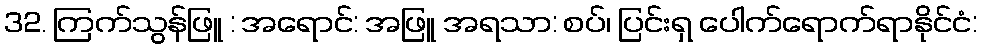
32. ကြက်သွန်ဖြူ : အရောင်: အဖြူ အရသာ: စပ်၊ ပြင်းရှ ပေါက်ရောက်ရာနိုင်ငံ: